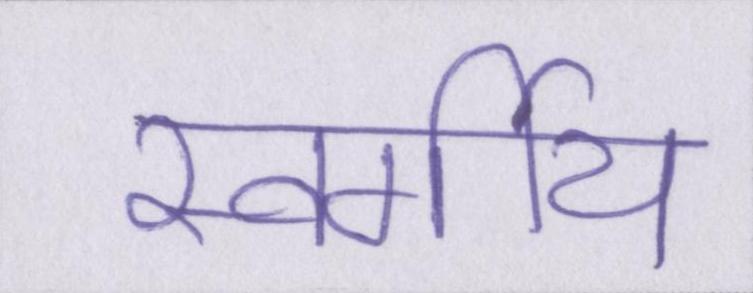
स्वर्गीय